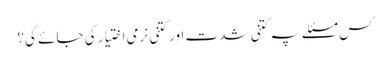
کس مسئلے پہ کتنی شدت اور کتنی نرمی اختیار کی جائے گی؟